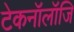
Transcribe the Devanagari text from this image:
टेकनॉलॉजि